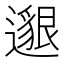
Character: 𨗿